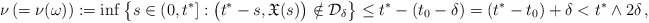
\begin{align*}\ \ \nu \,(=\nu(\omega)):=\inf \big\{s\in (0, t^*] : \big(t^*-s,\mathfrak{X}(s)\big)\notin \mathcal{D}_{\delta} \big\} \le t^*-(t_0-\delta)=(t^*-t_0)+\delta<t^* \wedge 2\delta\,,\end{align*}